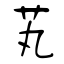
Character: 芄